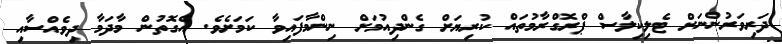
ދަރިވަރުންނަށް ޓެލިކިލާސް ޕްރޮގްރާމުތައް ކުރިޔަށް ގެންދިއުމަށް ނިންމާފައިވާ ކަމަށެވެ. އެގޮތުން މާދަމާ ދިވެއްސާއި